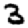
Digit: 3